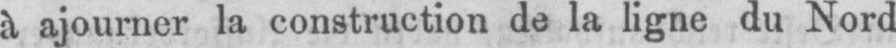
à ajourner la construction de la ligne du Nord